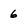
Character: 6